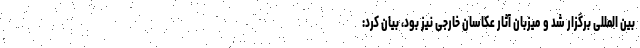
بین المللی برگزار شد و میزبان آثار عکاسان خارجی نیز بود، بیان کرد: